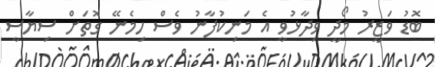
ބޮޑު ވަޒީރު މޯދީ ވިދާޅުވީ އެ މަނިކުފާނު ވެސް ހިމެނޭ ގޮތަށް ސިޔާސީ